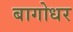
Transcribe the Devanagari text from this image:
बागोधर